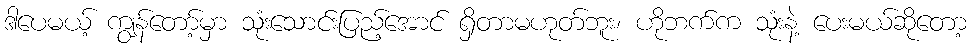
ဒါပေမယ့် ကျွန်တော့်မှာ သုံးသောင်းပြည့်အောင် ရှိတာမဟုတ်ဘူး၊ ဟိုဘက်က သုံးနဲ့ ပေးမယ်ဆိုတော့